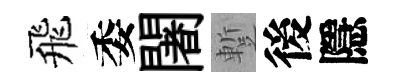
飛委闍蹔後隱